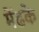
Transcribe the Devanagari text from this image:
मेंढके